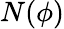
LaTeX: N(\phi)